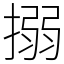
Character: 搦